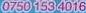
0750 153 4016